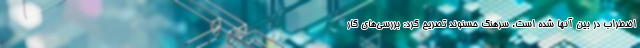
اضطراب در بین آنها شده است. سرهنگ حسنوند تصریح کرد: بررسی‌های کار